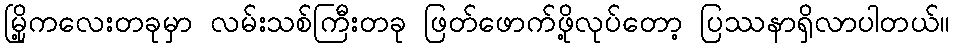
မြို့ကလေးတခုမှာ လမ်းသစ်ကြီးတခု ဖြတ်ဖောက်ဖို့လုပ်တော့ ပြဿနာရှိလာပါတယ်။